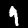
Label: 9